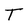
Character: T